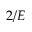
2 / E